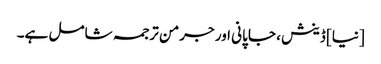
[نیا] ڈینش ، جاپانی اور جرمن ترجمہ شامل ہے۔